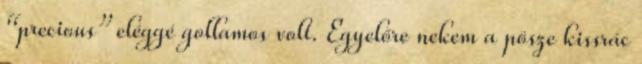
“precious” eléggé gollamos volt. Egyelőre nekem a pösze kissrác